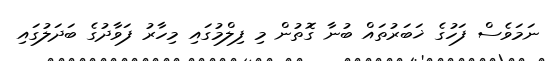
ނަމަވެސް ފަހުގެ ޚަބަރުތައް ބުނާ ގޮތުން މި ފިލްމުގައި މިހާރު ފަވާދުގެ ބަދަލުގައި